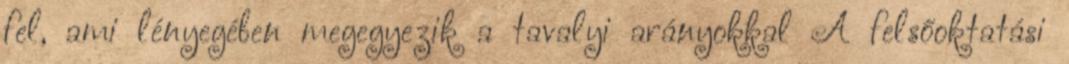
fel, ami lényegében megegyezik a tavalyi arányokkal A felsőoktatási